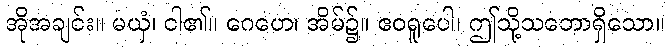
အိုအချင်း။ မယှံ၊ ငါ၏။ ဂေဟေ၊ အိမ်၌။ ဧဝရူပေါ၊ ဤသို့သဘောရှိသော။